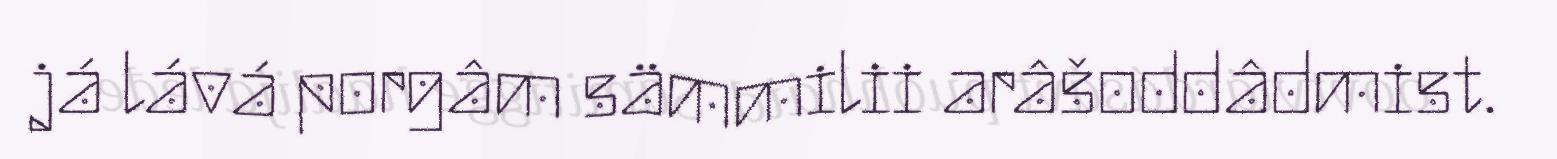
já lává porgâm sämmilii arâšoddâdmist.